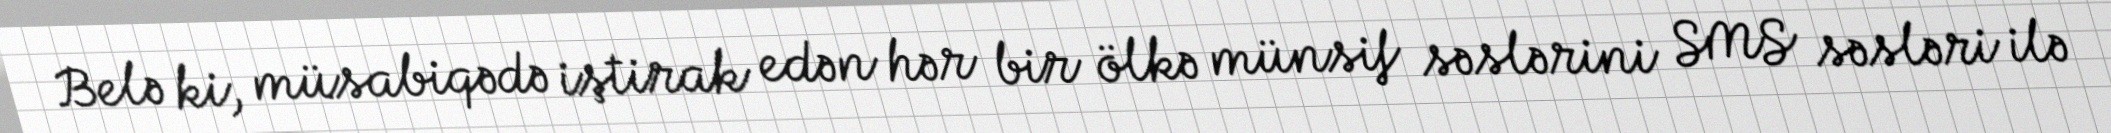
Belə ki, müsabiqədə iştirak edən hər bir ölkə münsif səslərini SMS səsləri ilə